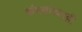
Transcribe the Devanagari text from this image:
बांधवांच्याही